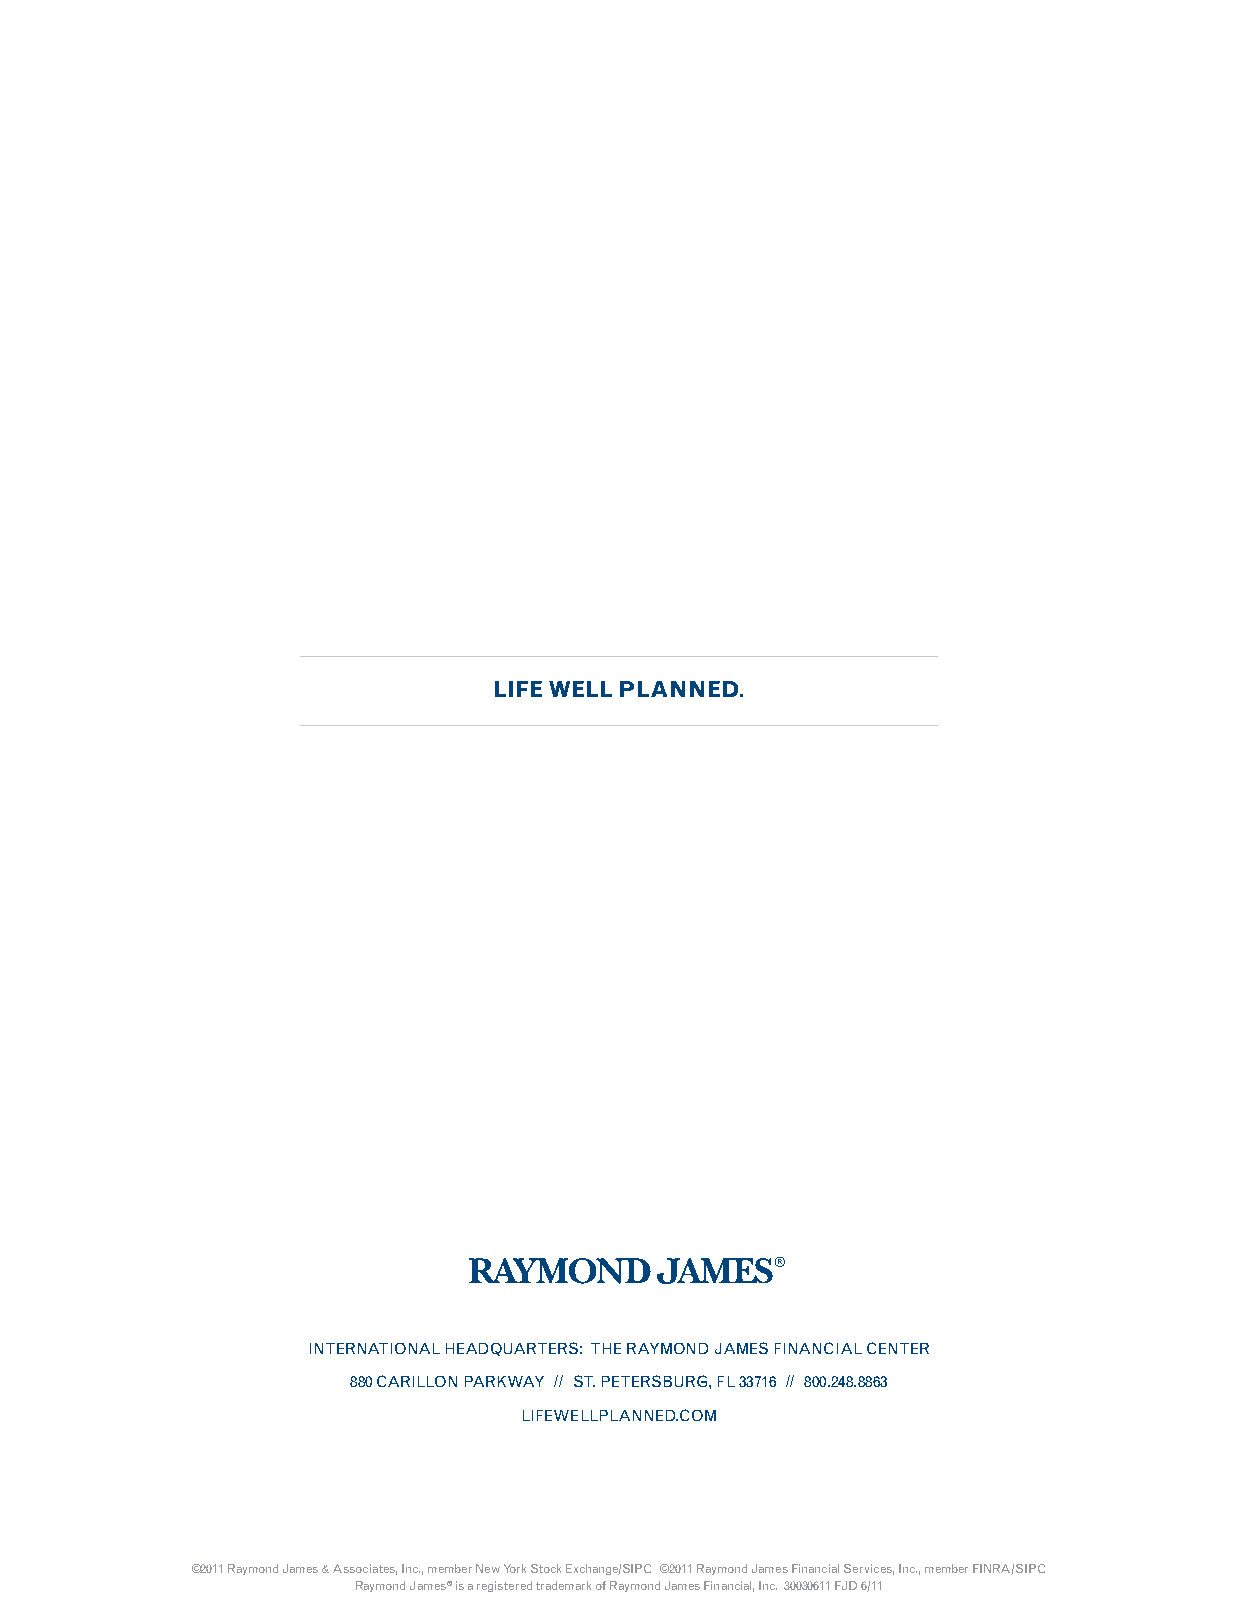
LIFE WELL PLANNED.
 INTERNATIONAL HEADQUARTERS: THE RAYMOND JAMES FINANCIAL CENTER
 880 CARILLON PARKWAY // ST. PETERSBURG, FL 33716 // 800.248.8863
 LIFEWELLPLANNED.COM
 ©2011 Raymond James & Associates, Inc., member New York Stock Exchange/SIPC ©2011 Raymond James Financial Services, Inc., member FINRA/SIPC
 Raymond James® is a registered trademark of Raymond James Financial, Inc. 30030611 FJD 6/11